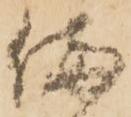
備